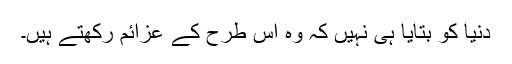
دنیا کو بتایا ہی نہیں کہ وہ اس طرح کے عزائم رکھتے ہیں۔